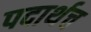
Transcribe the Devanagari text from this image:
पदार्थच